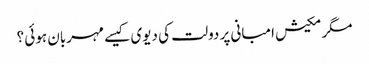
مگر مکیش امبانی پر دولت کی دیوی کیسے مہربان ہوئی ؟